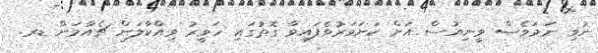
ނުވި ނަމަވެސް ވީނިއުސް އަށް ކަށަވަރުވެފައިވާ ގޮތުގައި ހަވީރު ވިއްކާލަން ޗެއާމަން ޑރ.